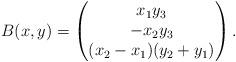
LaTeX: \begin{align*} B(x,y) = \begin{pmatrix}x_1 y_3 \\ -x_2 y_3 \\ (x_2 - x_1)(y_2 + y_1) \end{pmatrix}. \end{align*}